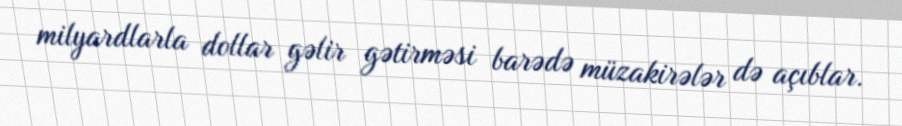
milyardlarla dollar gəlir gətirməsi barədə müzakirələr də açıblar.